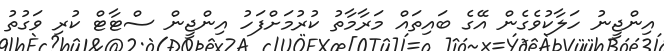
އިންޖީނު ހަލާކުވެގެން އޭގެ ބައިތައް މަރާމާތު ކުރުމަށްފަހު އިންޖީން ސްޓާޓް ކުރި ވަގުތު